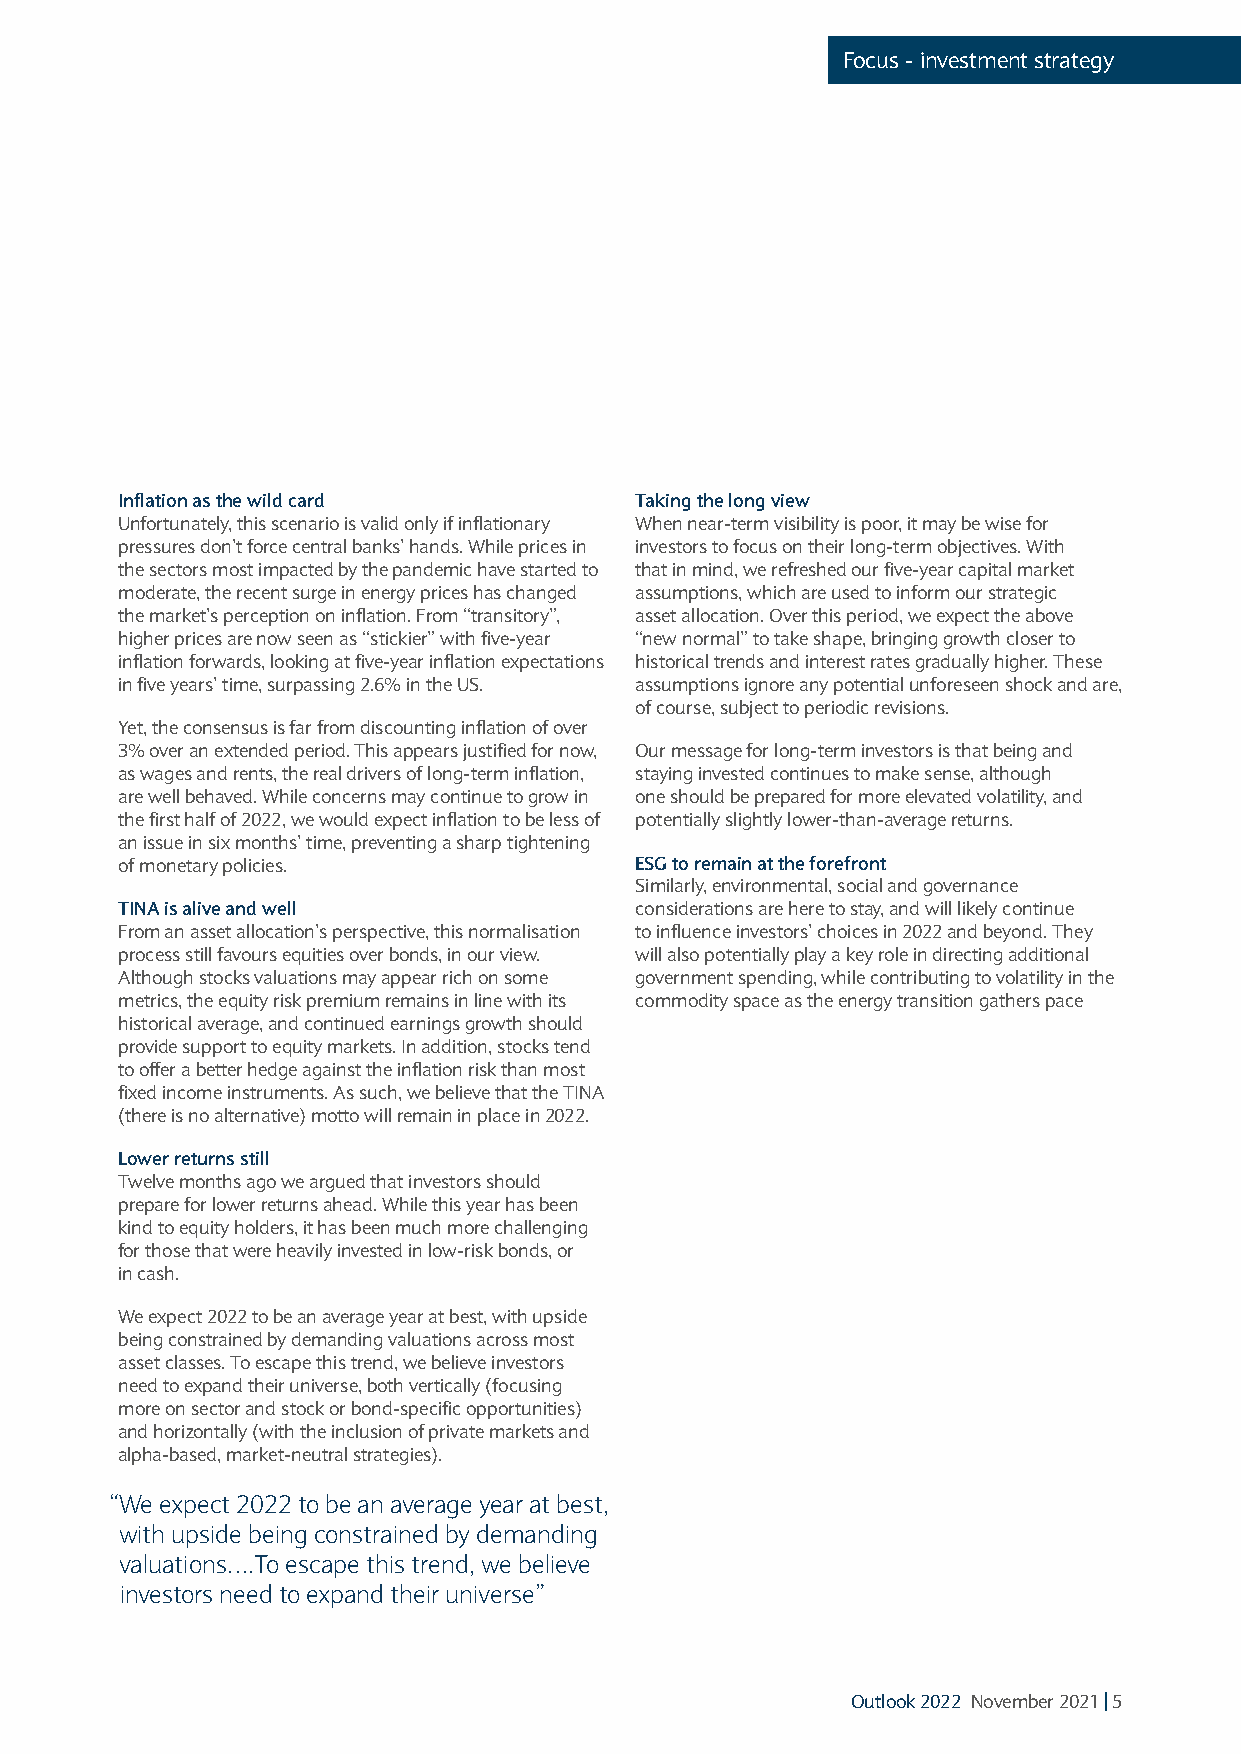
Focus - investment strategy
 Inflation as the wild card        Taking the long view
 Unfortunately, this scenario is valid only if inflationary When near-term visibility is poor, it may be wise for
 pressures don’t force central banks’ hands. While prices in investors to focus on their long-term objectives. With
 the sectors most impacted by the pandemic have started to that in mind, we refreshed our five-year capital market
 moderate, the recent surge in energy prices has changed assumptions, which are used to inform our strategic
 the market’s perception on inflation. From “transitory”, asset allocation. Over this period, we expect the above
 higher prices are now seen as “stickier” with five-year “new normal” to take shape, bringing growth closer to
 inflation forwards, looking at five-year inflation expectations historical trends and interest rates gradually higher. These
 in five years’ time, surpassing 2.6% in the US. assumptions ignore any potential unforeseen shock and are,
 of course, subject to periodic revisions.
 Yet, the consensus is far from discounting inflation of over
 3% over an extended period. This appears justified for now, Our message for long-term investors is that being and
 as wages and rents, the real drivers of long-term inflation, staying invested continues to make sense, although
 are well behaved. While concerns may continue to grow in one should be prepared for more elevated volatility, and
 the first half of 2022, we would expect inflation to be less of potentially slightly lower-than-average returns.
 an issue in six months’ time, preventing a sharp tightening
 of monetary policies.             ESG to remain at the forefront
 Similarly, environmental, social and governance
 TINA is alive and well            considerations are here to stay, and will likely continue
 From an asset allocation’s perspective, this normalisation to influence investors’ choices in 2022 and beyond. They
 process still favours equities over bonds, in our view. will also potentially play a key role in directing additional
 Although stocks valuations may appear rich on some government spending, while contributing to volatility in the
 metrics, the equity risk premium remains in line with its commodity space as the energy transition gathers pace
 historical average, and continued earnings growth should
 provide support to equity markets. In addition, stocks tend
 to offer a better hedge against the inflation risk than most
 fixed income instruments. As such, we believe that the TINA
 (there is no alternative) motto will remain in place in 2022.
 Lower returns still
 Twelve months ago we argued that investors should
 prepare for lower returns ahead. While this year has been
 kind to equity holders, it has been much more challenging
 for those that were heavily invested in low-risk bonds, or
 in cash.
 We expect 2022 to be an average year at best, with upside
 being constrained by demanding valuations across most
 asset classes. To escape this trend, we believe investors
 need to expand their universe, both vertically (focusing
 more on sector and stock or bond-specific opportunities)
 and horizontally (with the inclusion of private markets and
 alpha-based, market-neutral strategies).
 “We expect 2022 to be an average year at best,
 with upside being constrained by demanding
 valuations….To escape this trend, we believe
 investors need to expand their universe”
 Outlook 2022 November 2021 | 5